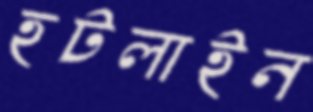
হটলাইন